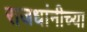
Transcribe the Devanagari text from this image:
राजधांनीच्या